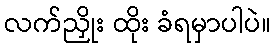
လက်ညှိုး ထိုး ခံရမှာပါပဲ။